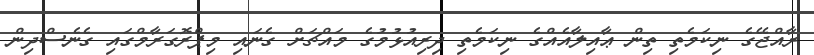
ރާއްޖޭގެ ނިކަމެތި ތިން ޢާއިލާއެއްގެ ނިކަމެތި ދިރިއުޅުމުގެ މައްޗަށް ގެނައި މިޕްރޮގަރާމްގައި ގެނެސްދިން